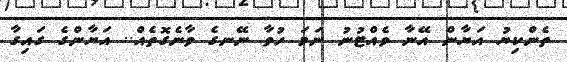
ތެންކިޔު އަޔާން އޭނާ ވެއްޓުނު ނަމަ ހުވާ ނޭނގެ ވާނެގޮތެއް.. އަޔާންގެ ގައިގާ